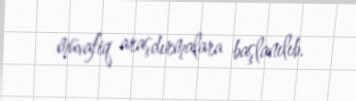
müvafiq araşdırmalara başlanılıb.